Vital statistics of India. Vol. IV, Annual returns from 1871 to 1876. British Army of India, Native Army and jails of Bengal
Year: 1871
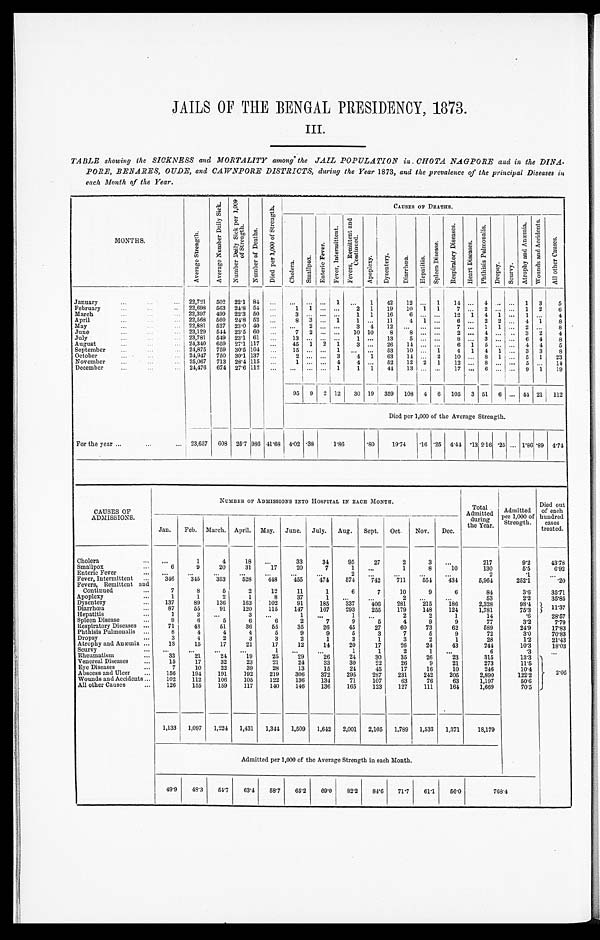
JAILS OF TIE BENGAL PRESIDENCY, 1873.
III.
TABLE showing the SICKNESS and MORTALITY among the JAIL POPULATION in. CHOTA NAGPORE and in the DINA
-PORE, BENARES, OUDE, and CAWNPORE DISTRICTS, during the Year 1873, and the prevalence of the principal Diseases in
each Month of the Year.
MONTHS .
A v e r a g e S t r e n g t h .
A v e r a g e N u m b e r D a i l y S i c k .
N u m b e r D a i l y S i c k p e r 1 , 0 0 0 o f S t r e n g t h .
N u mb e r o f D e a t h s .
D i e d p e r 1 , 0 0 0 o f S t r e n g t h .
CAUSES OF DEATHS.
Cholera.
Smallpox.
Enteric Fever.
Fever, Intermittent.
Fevers, Remittent and
Continued.
Apoplexy.
D y s e n t e r y . D i a r r h œ a .
H e p a t i t i s .
S p l e e n D i s e a s e .
R e s p i r a t o r y D i s e a s e s .
He a r t Di s e a s e s .
P h t h i s i s P u l m o n a l i s .
D r o p s y .
S c u r v y .
A t r o p h y a n d A n æ m i a .
W o u n d s a n d A c c i d e n t s .
A l l o t h e r C a u s e s .
January ...
22,721 502 22.1 84
. . .
. . .
. . .
. . . 1
. . . 1
42
12
. . . 1
14 ... 4
. . . . . . 1 3
5
February ...
22,698 563 24.8 54
. . .
1 1
. . .
. . . 2 1
19
10 1 1
7 ... 2
. . . . . . 1 2
6
March ...
22,397 499 22.3 50
. . .
3
. . .
. . .
. . . 1 1
16
6
. . .
. . . 12 1 4
1 . . . 1
. . .
4
April ...
22,568 560 24.8 52
. . .
8 3
. . . 1
1
. . . 11
4
1
. . .
6 ... 2 2
. . . 4 1
8
May ...
2 2 , 8 8 1 527 23.0 40
. . .
. . . 2
. . .
. . . 3
4 12
. . .
. . .
. . .
7 ... 1 1
. . . 2
. . .
8
June ...
23,129 544 23.5 60
. . .
7 2
. . .
. . . 10 10
8
8
. . .
. . .
2 ...
4
. . . . . . 3 2
4
July ...
23,781 549 23.1 61
. . .
13
. . .
. . .
. . .
1
. . . 13
5
. . .
. . .
8 ... 3
. . . . . . 6 4
8
August ...
24,340 659 27.1 117
. . .
45 1 2 1
3
. . . 26
14
. . .
. . .
6 1 5
. . . . . . 4 4
5
September ...
24,875 759 30.5 104
. . .
15
. . .
. . . 1
. . .
. . . 53
10
. . . 1
4 1 4
1 . . . 3 3
8
October ...
24,947 750 30.1 137
. . .
2
. . .
. . . 3
4 1
63
14
. . . 2
10 ... 8 1
. . . 5 1
23
November ...
25,067 713 28.4 115
. . .
1
. . .
. . . 4
4
. . . 52
12 2 1
12 ...
8
. . . . . . 5
. . . 14
December ...
24,476 674 27.6 112
. . .
. . .
. . .
. . . 1
1
1 44
13
. . .
. . . 17
... 6
. . .
. . .
9 1
19
95 9 2 12
30 19 359 108 4 6 105 3 51 6
. . . 44 21 112
Died per 1,000 of the Average Strength.
For the year ... 23,657 608 25.7 986 41.68 4.02
. 3 8
1.86
.80
19.74 .16 .25 4.44 .13 2.16 .25
. . . 1.86 .89 4.74
CAUSES OF
ADMISSIONS.
NUMBER OF ADMISSIONS INTO HOSPITAL IN EACH MONTH.
Total
Admitted
during
the Year.
Admitted
per 1,000 of
Strength.
Died out
of each
hundred cases
treated.
Jan.
Feb. March. April. May. June. July.
Aug.
Sept.
Oct.
Nov.
Dec.
Choler ...
. . .
1
4
18
. . .
33
34
95
27
2
3
. . .
217
9.2
43.78
Smallpox ...
6
9
20
31
17
20
7
1
. . .
1
8
10
130
5.5
6.92
Enteric Fever ...
. . .
. . .
. . .
. . .
. . .
. . .
. . .
2
. . .
. . .
. . .
. . .
2
.1
. . .
Fever, Intermittent ...
346
345
353
528
448
455
474
574
742
711
554
434
5,964
252.1
.20
Fevers, Remittent and
C o n t i n u e d . . .
7
8
5
2
12
11
1
6
7
10
9
6
84
3.6
35.71
Apoplexy ...
1
1
2
1
8
37
1
. . .
. . .
2
. . .
. . .
53
2.2
35.85
Dysentery ...
137
89
136
163
102
91
185
337
406
281
215
186
2,328
98.4
11.37
Diarrhœa ...
87
55
91
120
115
147
167
293
255
179
148
124
1,781
75.3
Hepatitis ...
1
3
. . .
3
. . .
1
. . .
1
. . .
2
2
1
14
.6
28.57
Spleen Disease ...
9
6
5
6
6
2
7
9
5
4
9
9
77
3.2
7.79
Respiratory Diseases ...
71
48
51
36
55
35
26
45
27
60
73
62
589
24.9
17.83
Phthisis Pulmonalis ...
8
4
4
4
5
9
9
5
3
7
5
9
72
3.0
70.83
Dropsy ...
3
4
2
3
3
2
1
3
1
3
2
1
28
1.2
21.43
Atrophy and Anæmia ...
18
15
17
21
17
12
14
20
17
26
24
43
244
10.3
18.03
Scurvy ...
. . .
. . .
. . .
. . .
1
. . .
. . .
1
1
2
1
. . .
6
.3
. . .
Rheumatism ...
33
21
24
19
25
29
26
24
30
35
26
23
315
13.3
2.06
Venereal Diseases ...
15
17
32
23
21
24
33
30
22
26
9
21
273
11.5
Eye Diseases ...
7
10
22
39
28
13
15
24
45
17
16
10
246
10.4
Abscess and Ulcer ...
156
194
191
1 9 2
219
306
372
295
287
231
242
205
2,890
122.2
Wounds and Accidents ...
102
112
106
105
122
136
134
71
107
63
76
63
1,197
50.6
All other Causes ...
126
155
159
117
140
146
136
165
123
127
111
164
1,669
70.5
1,133
1,097
1,224
1,431
1,344
1,509
1,642
2,001
2,105
1,789
1,533
1,371
18,179
Admitted per 1,000 of the Average Strength in each Month.
49.9
48.3
54.7
63.4
58.7
65.2 69.0
82.2
84.6
71.7
61.1
56.0
768.4